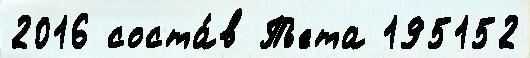
2016 соста́в Пьета 195152